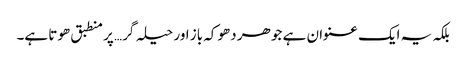
بلکہ یہ ایک عنوان ہے جو ھر دھوکہ باز اور حیلہ گر… پر منطبق ھوتا ہے۔